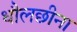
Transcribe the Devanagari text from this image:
धौलछीना